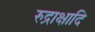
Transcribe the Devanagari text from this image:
रुद्राक्षादि